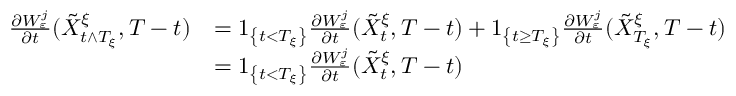
\begin{array} { r l } { \frac { \partial W _ { \varepsilon } ^ { j } } { \partial t } ( \tilde { X } _ { t \wedge T _ { \xi } } ^ { \xi } , T - t ) } & { = 1 _ { \left\{ t < T _ { \xi } \right\} } \frac { \partial W _ { \varepsilon } ^ { j } } { \partial t } ( \tilde { X } _ { t } ^ { \xi } , T - t ) + 1 _ { \left\{ t \geq T _ { \xi } \right\} } \frac { \partial W _ { \varepsilon } ^ { j } } { \partial t } ( \tilde { X } _ { T _ { \xi } } ^ { \xi } , T - t ) } \\ & { = 1 _ { \left\{ t < T _ { \xi } \right\} } \frac { \partial W _ { \varepsilon } ^ { j } } { \partial t } ( \tilde { X } _ { t } ^ { \xi } , T - t ) } \end{array}